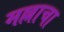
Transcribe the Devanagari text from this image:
मल्लाचा